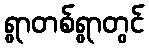
ရွာတစ်ရွာတွင်